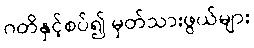
ဂတိနှင့်စပ်၍ မှတ်သားဖွယ်များ